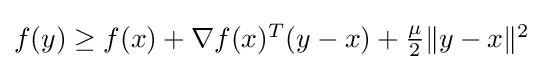
{\textstyle f(y)\geq f(x)+\nabla f(x)^{T}(y-x)+{\frac {\mu }{2}}\lVert y-x\rVert ^{2}}